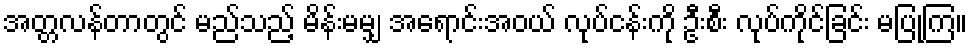
အတ္တလန်တာတွင် မည်သည့် မိန်းမမျှ အရောင်းအဝယ် လုပ်ငန်းကို ဦးစီး လုပ်ကိုင်ခြင်း မပြုကြ။